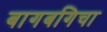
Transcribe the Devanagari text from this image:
बागबगिचा